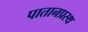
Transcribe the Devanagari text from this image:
पातानप्रस्थ